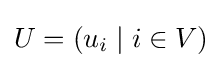
U=(u_{i}\mid i\in V)